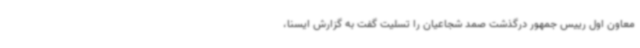
معاون اول رییس جمهور درگذشت صمد شجاعیان را تسلیت گفت به گزارش ایسنا،